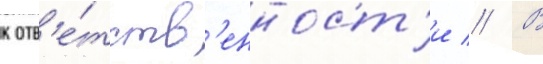
к отв'е́тств'енност'и // В